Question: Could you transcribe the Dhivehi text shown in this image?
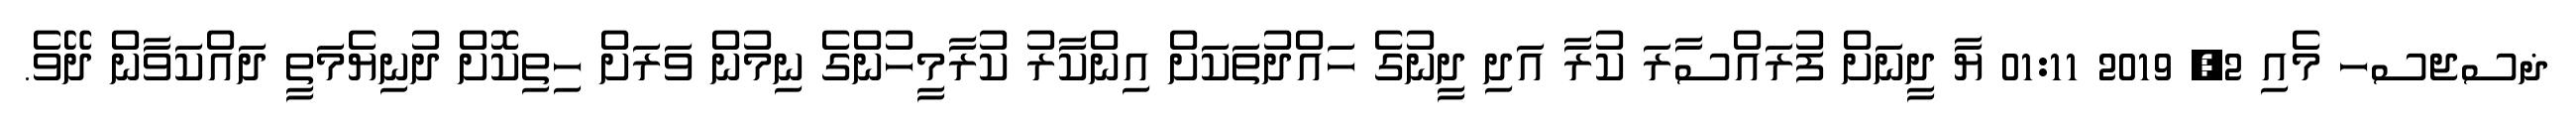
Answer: ޛސޖސހ މެއި 2, 2019 01:11 ޔާ ދީނަށް ފުރައްސާރަ ކުރާ އަދި ދީނުގެ ހައްދުތަކަށް އިންކާރު ކުރާމީހުންގެ ނިމުން ވަރަށް ހިތިކޮށް ދުނިޔެމަތީ ދައްކަވާން ދޭވެ.